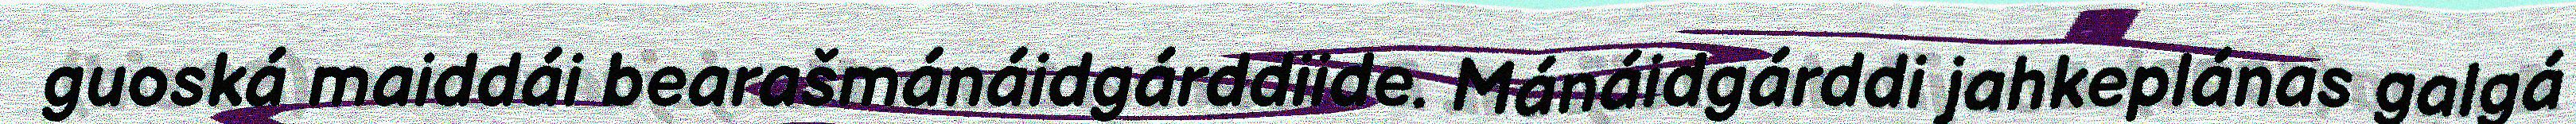
guoská maiddái bearašmánáidgárddiide. Mánáidgárddi jahkeplánas galgá